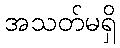
အသတ်မရှိ